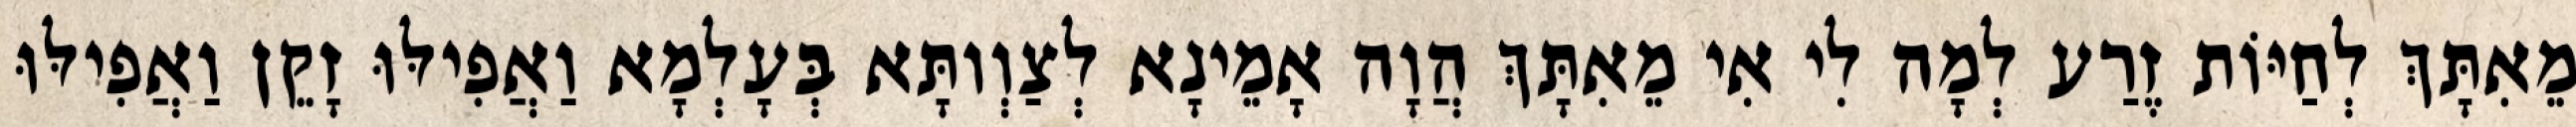
מֵאִתָּךְ לְחַיּוֹת זֶרַע לְמָה לִי אִי מֵאִתָּךְ הֲוָה אָמֵינָא לְצַוְותָּא בְּעָלְמָא וַאֲפִילּוּ זָקֵן וַאֲפִילּוּ